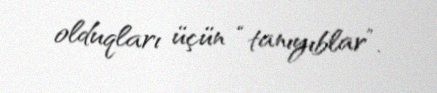
olduqları üçün “tanıyıblar”.